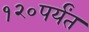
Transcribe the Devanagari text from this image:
१२०पर्यंत